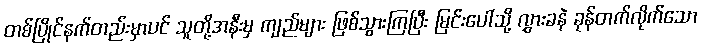
တစ်ပြိုင်နက်တည်းမှာပင် သူတို့အနီးမှ ကျည်များ ဖြစ်သွားကြပြီး မြင်းပေါ်သို့ လွှားခနဲ ခုန်တက်လိုက်သော